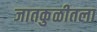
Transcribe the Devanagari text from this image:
जातकुळीतला